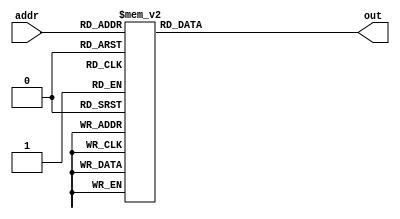
module rom(addr,out);
    input [3:0] addr;
    output reg [7:0] out;
   
    always @(addr) begin
        case (addr) 
            4'b0000: out=8'b10110111; // out 5

//1           
            4'b0001: out=8'b00000001; // add a 1
            //2
            4'b0010: out=8'b11100001; // jnc 1

//3
            4'b0011: out=8'b00000001; // add a 1
            //4
            4'b0100: out=8'b11100011; // jnc 3

//5
            4'b0101: out=8'b10110110; // out 6
            //6
            4'b0110: out=8'b00000001; // add a 1
            //7
            4'b0111: out=8'b11100110; // jnc 6

//8
            4'b1000: out=8'b00000001; // add a 1
            //9
            4'b1001: out=8'b11101000; // jnc 8

            //10
            4'b1010: out=8'b10110000; // out 0
            //11
            4'b1011: out=8'b10110100; // out 4
            //12
            4'b1100: out=8'b00000001; // add a 1
            //13
            4'b1101: out=8'b11101010; // jnc 10

//14
            4'b1110: out=8'b10111000; // out 8
            //15
            4'b1111: out=8'b11111111; // jmp 15
        endcase
    end
 
endmodule